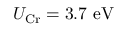
U _ { \mathrm { C r } } = 3 . 7 \ \mathrm { e V }